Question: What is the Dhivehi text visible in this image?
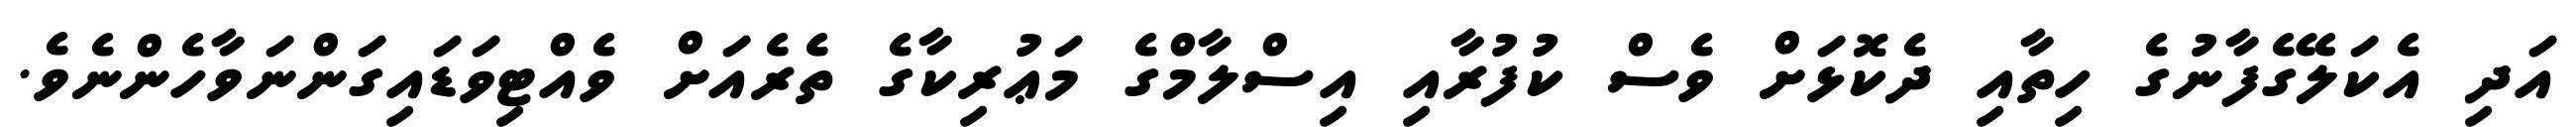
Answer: އަދި އެކަލޭގެފާނުގެ ހިތާއި ދެކޮޅަށް ވެސް ކުފުރާއި އިސްލާމްގެ މަޢުރިކާގެ ތެރެއަށް ވެއްޓިވަޑައިގަންނަވާހެންނެވެ.